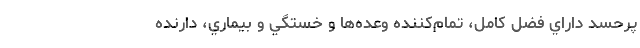
پرحسدِ داراي فضلِ كامل، تمام‌كننده وعده‌ها و خستگي و بيماري، ‌دارنده